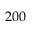
2 0 0